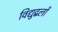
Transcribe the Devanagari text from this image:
विद्युद्बलों